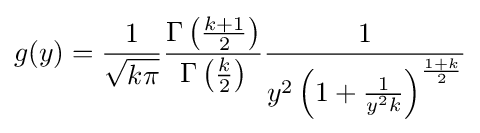
g(y)={\frac {1}{\sqrt {k\pi }}}{\frac {\Gamma \left({\frac {k+1}{2}}\right)}{\Gamma \left({\frac {k}{2}}\right)}}{\frac {1}{y^{2}\left(1+{\frac {1}{y^{2}k}}\right)^{\frac {1+k}{2}}}}